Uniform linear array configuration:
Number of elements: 64
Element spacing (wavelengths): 0.5
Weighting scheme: hann
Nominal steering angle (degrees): -45
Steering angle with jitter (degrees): -47.0
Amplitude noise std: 0.05
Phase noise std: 0.05

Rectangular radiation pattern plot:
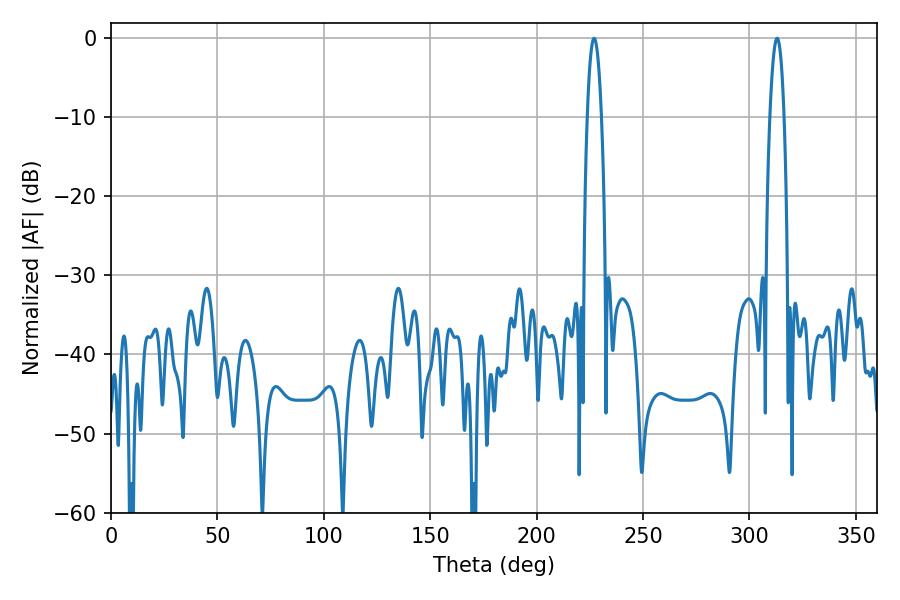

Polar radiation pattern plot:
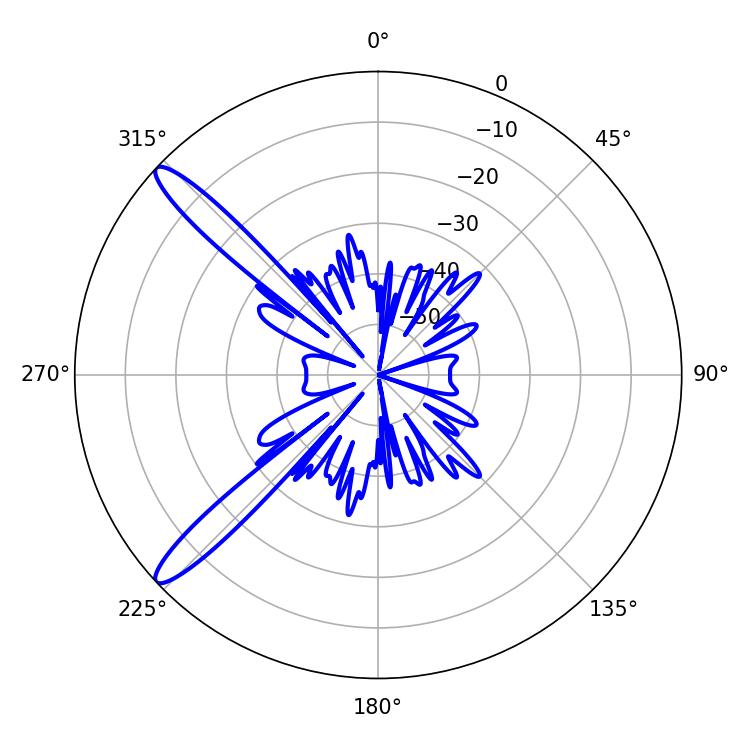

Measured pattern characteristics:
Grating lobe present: FALSE
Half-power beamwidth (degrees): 3.6
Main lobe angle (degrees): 226.98